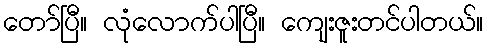
တော်ပြီ။ လုံလောက်ပါပြီ။ ကျေးဇူးတင်ပါတယ်။